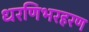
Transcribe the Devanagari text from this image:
धरणिभरहरण